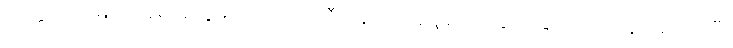
အထွတ်အမြတ်နေရာတွေမှာ ကိုယ်လုံးတီးနေလို့ ပြန်ပို့ခံရတဲ့ နိုင်ငံခြားသားတွေလည်း ရှိပြီး